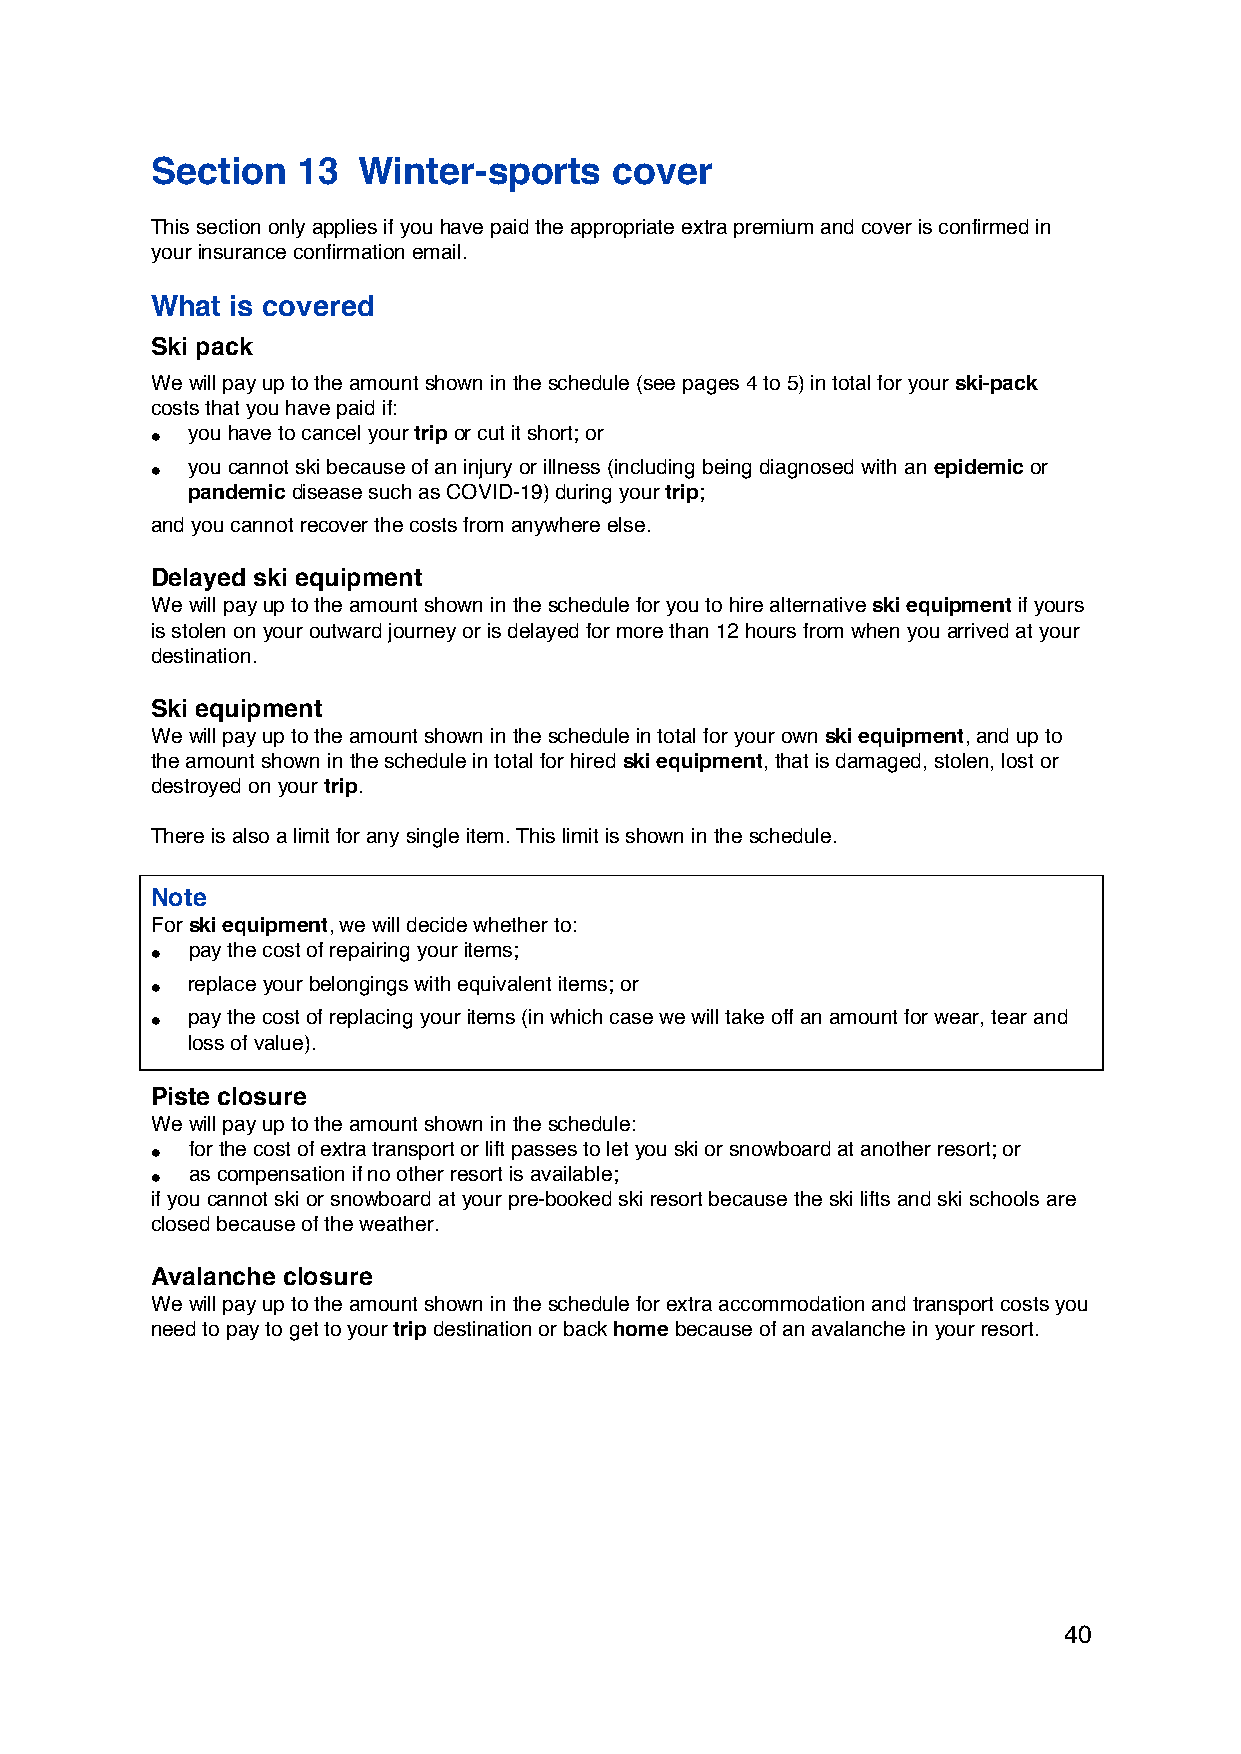
Section   13  Winter-sports    cover
 This section only applies if you have paid the appropriate extra premium and cover is confirmed in
 your insurance confirmation email.
 What is covered
 Ski pack
 We will pay up to the amount shown in the schedule (see pages 4 to 5) in total for your ski-pack
 costs that you have paid if:
 • you have to cancel your trip or cut it short; or
 • you cannot ski because of an injury or illness (including being diagnosed with an epidemic or
 pandemic disease such as COVID-19) during your trip;
 and you cannot recover the costs from anywhere else.
 Delayed ski equipment
 We will pay up to the amount shown in the schedule for you to hire alternative ski equipment if yours
 is stolen on your outward journey or is delayed for more than 12 hours from when you arrived at your
 destination.
 Ski equipment
 We will pay up to the amount shown in the schedule in total for your own ski equipment, and up to
 the amount shown in the schedule in total for hired ski equipment, that is damaged, stolen, lost or
 destroyed on your trip.
 There is also a limit for any single item. This limit is shown in the schedule.
 Note
 For ski equipment, we will decide whether to:
 • pay the cost of repairing your items;
 • replace your belongings with equivalent items; or
 • pay the cost of replacing your items (in which case we will take off an amount for wear, tear and
 loss of value).
 Piste closure
 We will pay up to the amount shown in the schedule:
 • for the cost of extra transport or lift passes to let you ski or snowboard at another resort; or
 • as compensation if no other resort is available;
 if you cannot ski or snowboard at your pre-booked ski resort because the ski lifts and ski schools are
 closed because of the weather.
 Avalanche closure
 We will pay up to the amount shown in the schedule for extra accommodation and transport costs you
 need to pay to get to your trip destination or back home because of an avalanche in your resort.
 40